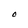
Character: 0